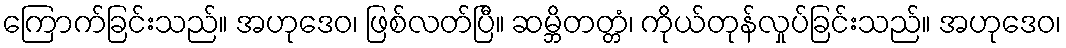
ကြောက်ခြင်းသည်။ အဟုဒေဝ၊ ဖြစ်လတ်ပြီ။ ဆမ္ဘိတတ္တံ၊ ကိုယ်တုန်လှုပ်ခြင်းသည်။ အဟုဒေဝ၊